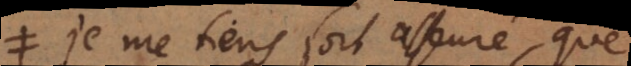
. Je me tiens fort asseuré, que